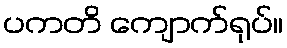
ပကတိ ကျောက်ရုပ်။